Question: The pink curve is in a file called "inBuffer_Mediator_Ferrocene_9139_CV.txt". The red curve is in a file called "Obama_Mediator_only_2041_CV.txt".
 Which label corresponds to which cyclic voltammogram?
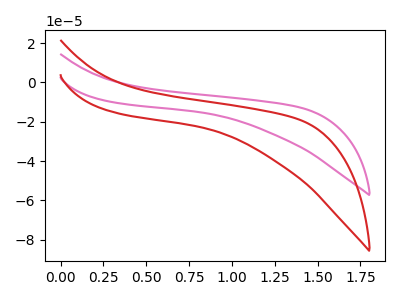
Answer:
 <answer>The pink curve is labeled "Mediator + Ferrocene". The red curve is labeled "Mediator + only".</answer>
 <eval></eval>